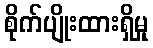
စိုက်ပျိုးထားရှိမှု